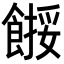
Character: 𩝺